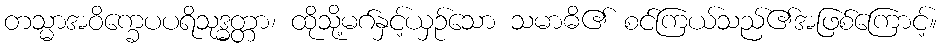
တသ္မာအဝိက္ခေပပရိသုဒ္ဓတ္တာ၊ ထိုသို့မဂ်နှင့်ယှဉ်သော သမာဓိ၏ စင်ကြယ်သည်၏အဖြစ်ကြောင့်။